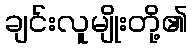
ချင်းလူမျိုးတို့၏